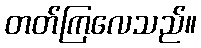
တတ်ကြလေသည်။